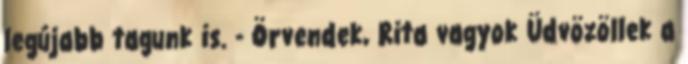
legújabb tagunk is. - Örvendek, Rita vagyok Üdvözöllek a